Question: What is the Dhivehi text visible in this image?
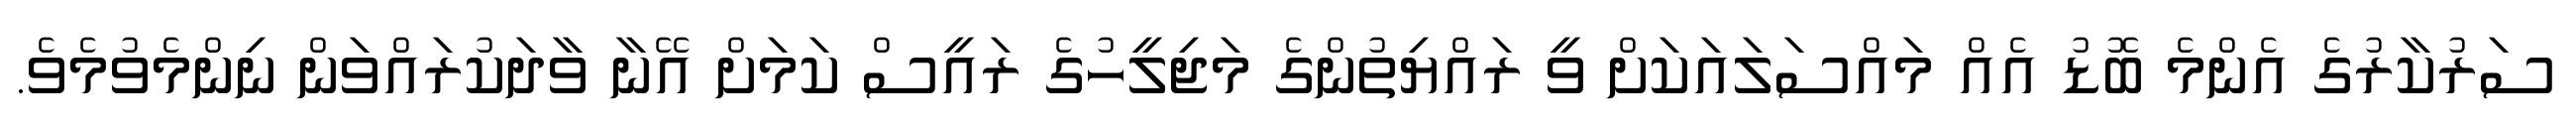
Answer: ސަރުކާރުގެ އެންމެ ބޮޑު އެއް މައްސަލައަކަށް ވީ ރައްޔިތުންގެ މަޖިލީހުގެ ރައީސް ކަމަށް އޭނާ ވާދަކުރައްވަން ނިންމެވުމެވެ.